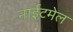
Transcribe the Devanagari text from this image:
नाईटमेल